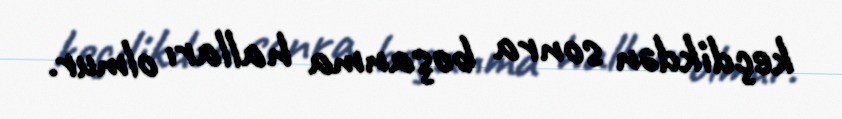
keçdikdən sonra boşanma halları olmur.